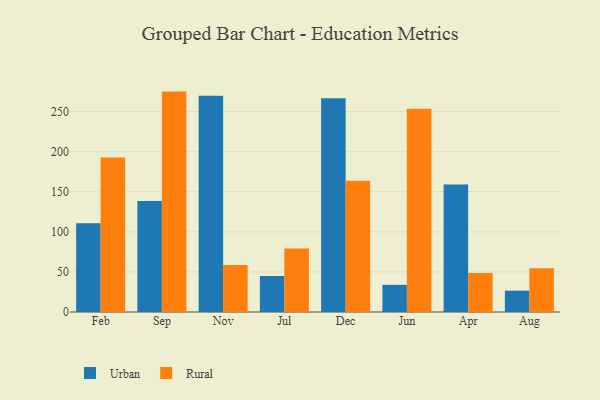
{"axis": {"x": "Month", "y": "Energy Usage (MWh)"}, "legend": ["Rural", "Urban"], "data": [{"x": "Feb", "y": 110.6, "type": "Urban"}, {"x": "Feb", "y": 192.7, "type": "Rural"}, {"x": "Sep", "y": 138.6, "type": "Urban"}, {"x": "Sep", "y": 275.0, "type": "Rural"}, {"x": "Nov", "y": 269.7, "type": "Urban"}, {"x": "Nov", "y": 58.6, "type": "Rural"}, {"x": "Jul", "y": 45.0, "type": "Urban"}, {"x": "Jul", "y": 79.2, "type": "Rural"}, {"x": "Dec", "y": 266.7, "type": "Urban"}, {"x": "Dec", "y": 163.7, "type": "Rural"}, {"x": "Jun", "y": 33.9, "type": "Urban"}, {"x": "Jun", "y": 253.6, "type": "Rural"}, {"x": "Apr", "y": 159.0, "type": "Urban"}, {"x": "Apr", "y": 48.7, "type": "Rural"}, {"x": "Aug", "y": 26.6, "type": "Urban"}, {"x": "Aug", "y": 54.7, "type": "Rural"}]}